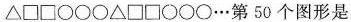
\bigtriangleup \bigtriangleup \Box \Box \bigcirc \bigcirc \bigcirc \bigtriangleup \bigtriangleup \Box \Box \bigcirc \bigcirc \bigcirc \dots 第50个图形是